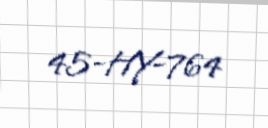
45-HY-764